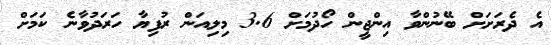
އެ ދެރަށަށް ބޭނުންވާ އިންޖީން ހޯދުމަށް 3.6 މިލިއަން ރުފިޔާ ހަރަދުވާނެ ކަމަށް